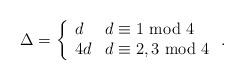
LaTeX: \begin{align*}\Delta=\left\{\begin{array}{ll} d&d\equiv1~{\rm mod}~4\\ 4d&d\equiv2,3~{\rm mod}~4\end{array}\right..\end{align*}